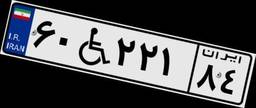
۶۰W۲۲۱۸۴